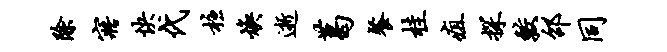
除寤快代柱焕逝葛餐桂疽探较邵同